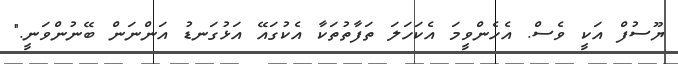
ޔޫސުފް އަކީ ވެސް. އެހެންވީމަ އެކަހަލަ ތަފާތުތަކާ އެކުގައޭ އަޅުގަނޑު އަންނަން ބޭނުންވަނީ."